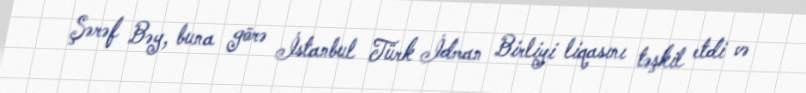
Şərəf Bəy, buna görə İstanbul Türk İdman Birliyi liqasını təşkil etdi və